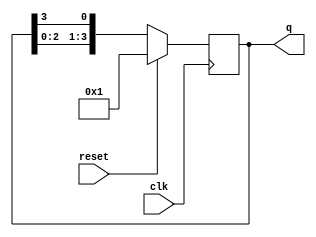
module ring_counter #(
    parameter N = 4  // Number of flip-flops
)(
    input wire clk,      // Clock signal
    input wire reset,    // Synchronous reset signal
    output reg [N-1:0] q // Output state of the ring counter
);

// Initial state
initial begin
    q = 1'b1; // Start with the first flip-flop set to '1'
end

// Synchronous process
always @(posedge clk) begin
    if (reset) begin
        q <= 1'b1; // Reset the counter to the initial state
    end else begin
        // Shift the '1' through the flip-flops
        q <= {q[N-2:0], q[N-1]}; // Shift left and wrap around
    end
end

endmodule